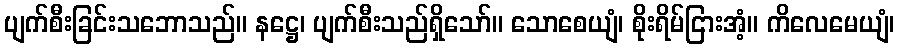
ပျက်စီးခြင်းသဘောသည်။ နဋ္ဌေ၊ ပျက်စီးသည်ရှိသော်။ သောစေယျံ၊ စိုးရိမ်ငြားအံ့။ ကိလေမေယျံ၊